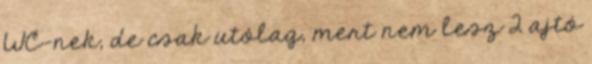
WC-nek, de csak utólag, mert nem lesz 2 ajtó